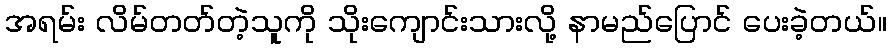
အရမ်း လိမ်တတ်တဲ့သူကို သိုးကျောင်းသားလို့ နာမည်ပြောင် ပေးခဲ့တယ်။